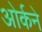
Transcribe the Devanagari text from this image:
ओर्कने